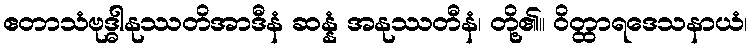
ဧတာသံဗုဒ္ဓါနုဿတိအာဒီနံ ဆန္နံ အနုဿတီနံ၊ တို့၏။ ဝိတ္ထာရဒေသနာယံ၊